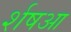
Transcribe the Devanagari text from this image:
र्शषआ